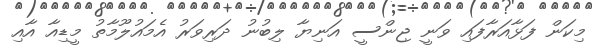
މިކަން ފަޅާއަރާފައި ވަނީ ޖިންސީ އަނިޔާ ލިބުނު ދަރިވަރު އެމައުލޫމާތު މީޑިއާ އާއި